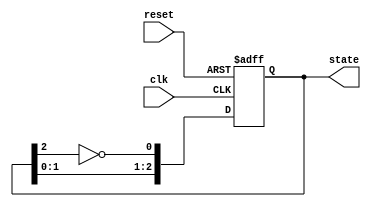
module johnson_counter (
    input wire clk,         // Clock input
    input wire reset,       // Asynchronous reset
    output reg [2:0] state  // 3-bit output state
);

// State transition logic for the Johnson counter
always @(posedge clk or posedge reset) begin
    if (reset) begin
        state <= 3'b000; // Initialize state to 000 on reset
    end else begin
        // Shift left and feed back the inverted last flip-flop output
        state <= {state[1:0], ~state[2]};
    end
end

endmodule